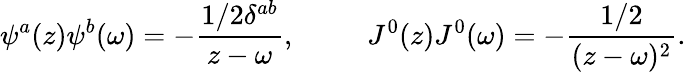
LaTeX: \psi^{a}(z)\psi^{b}(\omega)=-\frac{1/2\delta^{ab}}{z-\omega},~~~~~~~~~~J^{0}(z)J^{0}(\omega)=-\frac{1/2}{(z-\omega)^{2}}.